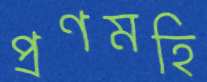
প্রণমহি